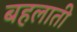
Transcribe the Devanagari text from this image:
बहलाती